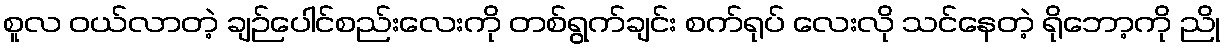
စူလ ဝယ်လာတဲ့ ချဉ်ပေါင်စည်းလေးကို တစ်ရွက်ချင်း စက်ရုပ် လေးလို သင်နေတဲ့ ရိုဘော့ကို ညို